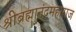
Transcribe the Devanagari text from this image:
श्रीब्रह्मानंदमहाराज